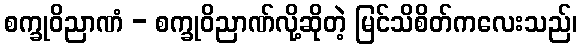
စက္ခုဝိညာဏံ - စက္ခုဝိညာဏ်လို့ဆိုတဲ့ မြင်သိစိတ်ကလေးသည်၊